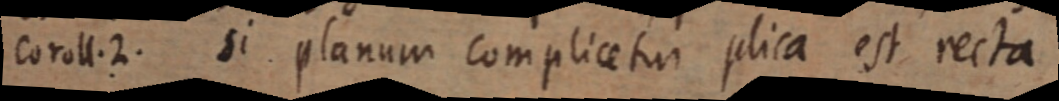
Coroll. 2. Si planum complicetur plica est recta